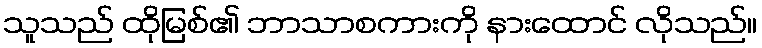
သူသည် ထိုမြစ်၏ ဘာသာစကားကို နားထောင် လိုသည်။